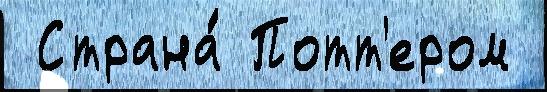
 Страна́ Потт'ером